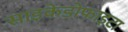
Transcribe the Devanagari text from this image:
साइकेडोफाइटा